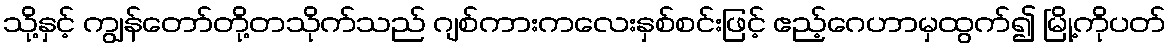
သို့နှင့် ကျွန်တော်တို့တသိုက်သည် ဂျစ်ကားကလေးနှစ်စင်းဖြင့် ဧည့်ဂေဟာမှထွက်၍ မြို့ကိုပတ်